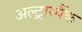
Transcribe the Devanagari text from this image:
अल्ट्रास्पैंक